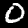
Label: 0